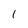
Character: 1